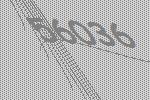
56036